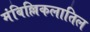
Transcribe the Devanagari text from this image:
मंबिल्लिकलातिल